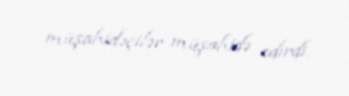
müşahidəçilər müşahidə edirdi.